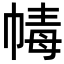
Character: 𢃶